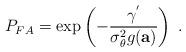
LaTeX: \begin{align*}P_{FA}=\mathrm{exp}\left(-\frac{\gamma^{'}}{\sigma_{\theta}^2g(\mathbf{a})}\right)\;.\end{align*}